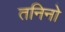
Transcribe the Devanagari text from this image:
तनिनो